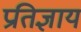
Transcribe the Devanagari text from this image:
प्रतिज्ञाय